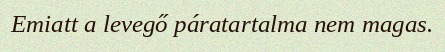
Emiatt a levegő páratartalma nem magas.